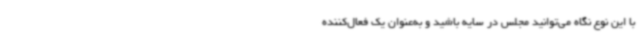
با این نوع نگاه می‌توانید مجلس در سایه باشید و به‌عنوان یک فعال‌کننده